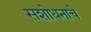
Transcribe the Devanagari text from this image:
सशोधनाचे